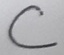
Text: C